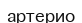
артерио